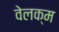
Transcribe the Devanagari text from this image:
वेलक्म